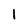
Character: 1